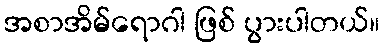
အစာအိမ်ရောဂါ ဖြစ် ပွားပါတယ်။